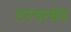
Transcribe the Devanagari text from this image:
टरनरबंड